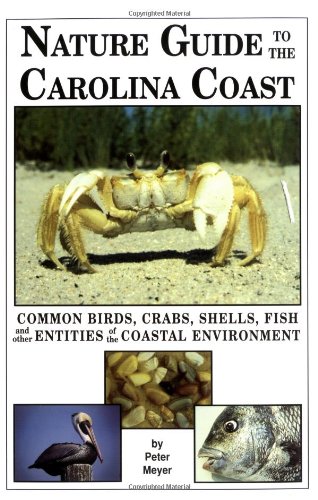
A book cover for Nature Guide to the Carolina Coast: Common Birds, Crabs, Shells, Fish, and Other Entities of the Coastal Environment; Peter Meyer; Sports & Outdoors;